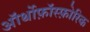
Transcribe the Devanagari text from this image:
ऑर्थोफ़ॉस्फ़ोरिक